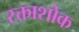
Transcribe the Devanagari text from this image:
रक्ताशोक